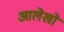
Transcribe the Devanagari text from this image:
आलेखो